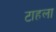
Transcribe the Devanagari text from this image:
टाहला